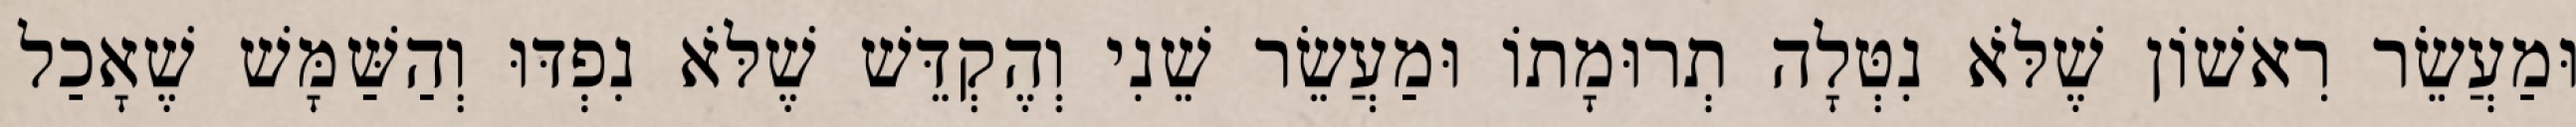
וּמַעֲשֵׂר רִאשׁוֹן שֶׁלֹּא נִטְּלָה תְרוּמָתוֹ וּמַעֲשֵׂר שֵׁנִי וְהֶקְדֵּשׁ שֶׁלֹּא נִפְדּוּ וְהַשַּׁמָּשׁ שֶׁאָכַל